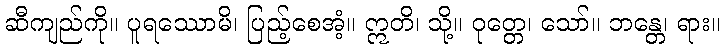
ဆီကျည်ကို။ ပူရဿောမိ၊ ပြည့်စေအံ့။ ဣတိ၊ သို့။ ဝုတ္တေ၊ သော်။ ဘန္တေ၊ ရား။